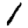
Digit: 1